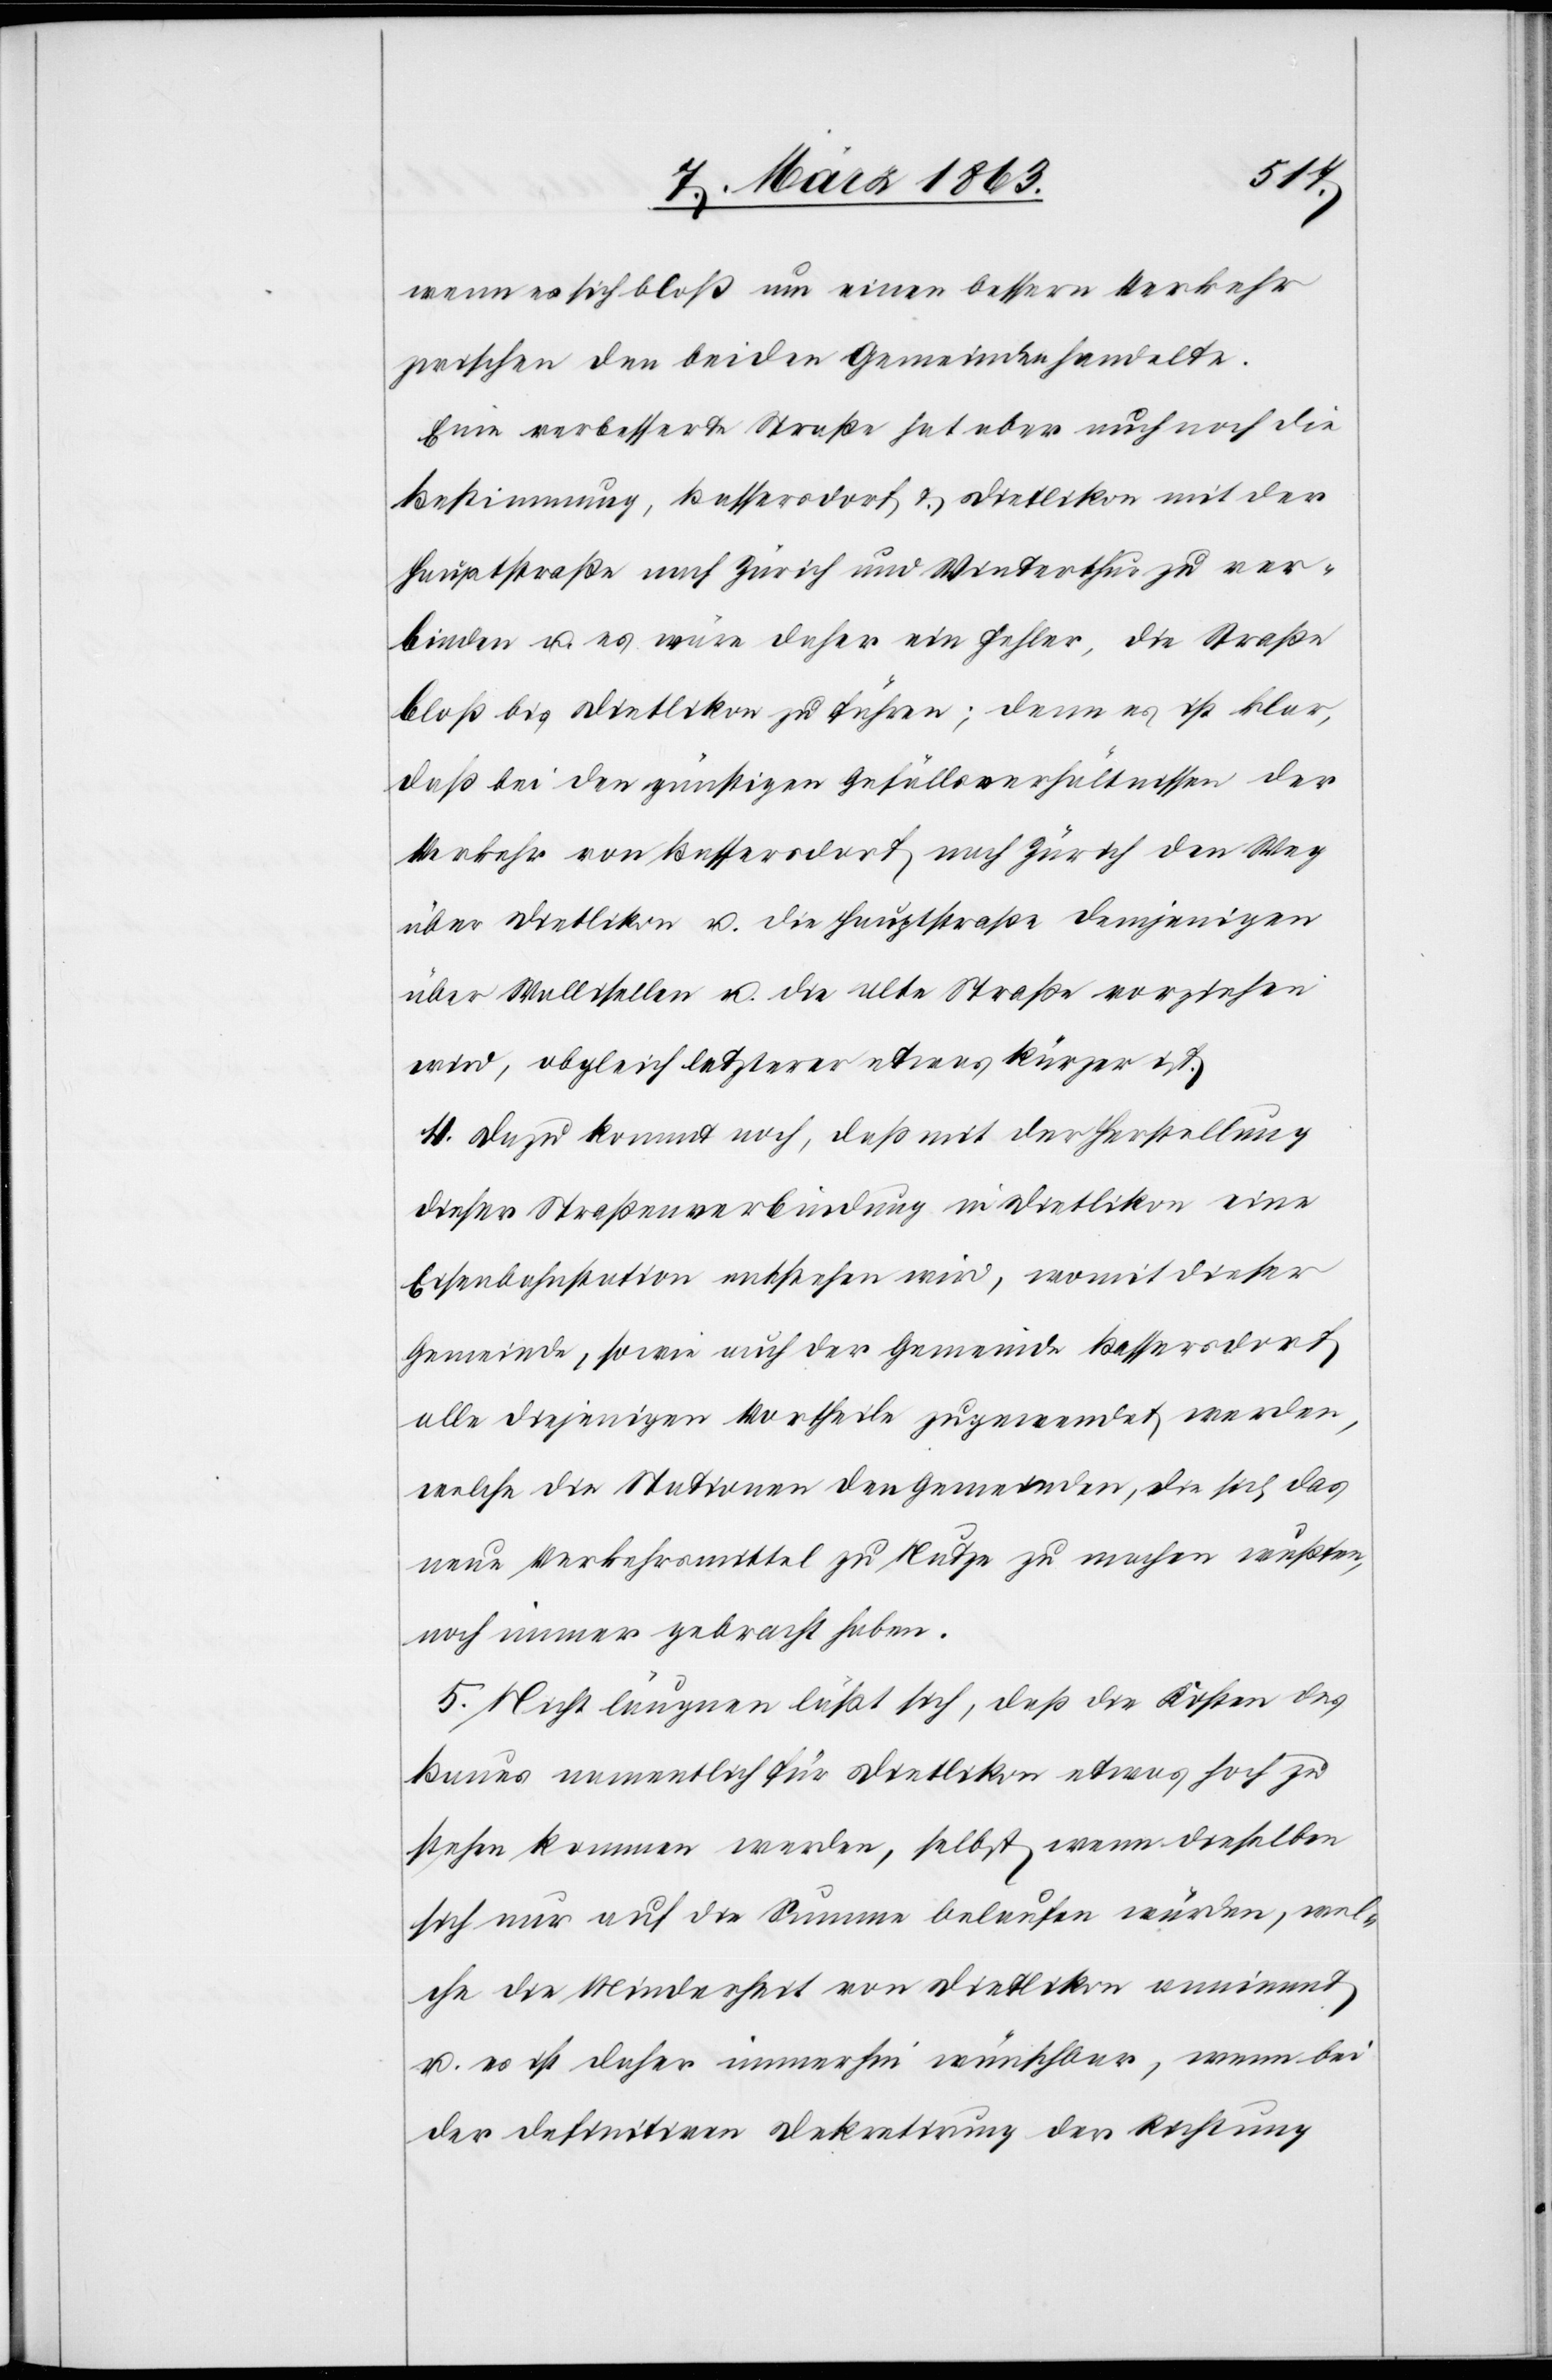
wenn es sich bloß um einen bessern Verkehr
zwischen den beiden Gemeinden handelte.
Eine verbesserte Straße hat aber auch noch die
Bestimmung, Bassersdorf & Dietlikon mit der
Hauptstraße nach Zürich und Winterthur zu ver¬
binden u. es wäre daher ein Fehler, die Straße
bloß bis Dietlikon zu führen; denn es ist klar,
daß bei den günstigen Gefällsverhältnissen der
Verkehr von Bassersdorf nach Zürich den Weg
über Dietlikon u. die Hauptstraße demjenigen
über Wallisellen u. die alte Straße vorziehen
wird, obgleich letzterer etwas kürzer ist.
4. Dazu kommt noch, daß mit der Herstellung
dieser Straßenverbindung in Dietlikon eine
Eisenbahnstation entstehen wird, womit dieser
Gemeinde, sowie auch der Gemeinde Bassersdorf
alle diejenigen Vortheile zugewendet werden,
welche die Stationen den Gemeinden, die sich das
neue Verkehrsmittel zu Nutze zu machen wußten,
noch immer gebracht haben.
5. Nicht läugnen läßt sich, daß die Kosten des
Baues namentlich für Dietlikon etwas hoch zu
stehen kommen werden, selbst wenn dieselben
sich nur auf die Summe belaufen würden, wel¬
che die Minderheit von Dietlikon annimmt
u. es ist daher immerhin wünschbar, wenn bei
der definitiven Dekretirung der Richtung